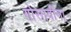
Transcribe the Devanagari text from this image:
गोसावींना